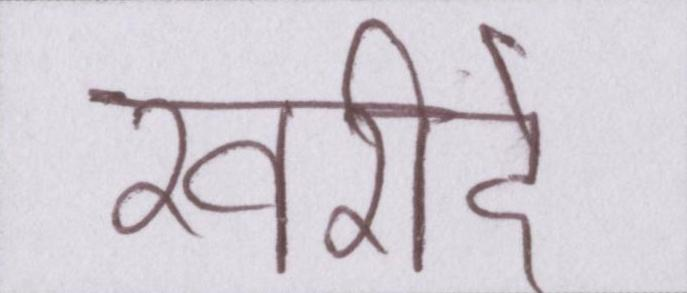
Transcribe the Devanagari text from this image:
खरीदे